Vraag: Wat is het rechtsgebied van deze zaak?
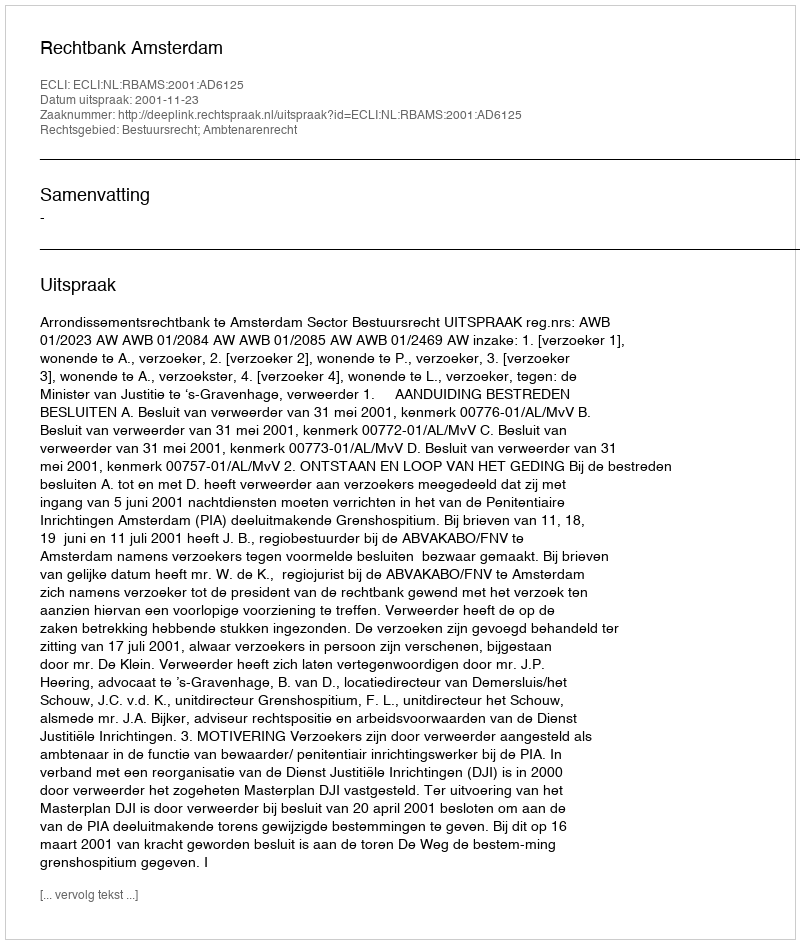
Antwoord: Bestuursrecht; Ambtenarenrecht